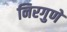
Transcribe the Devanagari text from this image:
निरगुणे